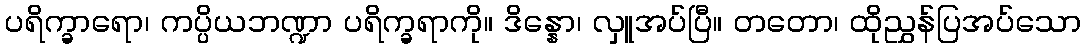
ပရိက္ခာရော၊ ကပ္ပိယဘဏ္ဍာ ပရိက္ခရာကို။ ဒိန္နော၊ လှူအပ်ပြီ။ တတော၊ ထိုညွှန်ပြအပ်သော